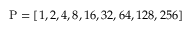
\mathrm { P } = [ 1 , 2 , 4 , 8 , 1 6 , 3 2 , 6 4 , 1 2 8 , 2 5 6 ]